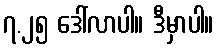
၇.၂၅ ဒေါ်လာပါ။ ဒီမှာပါ။